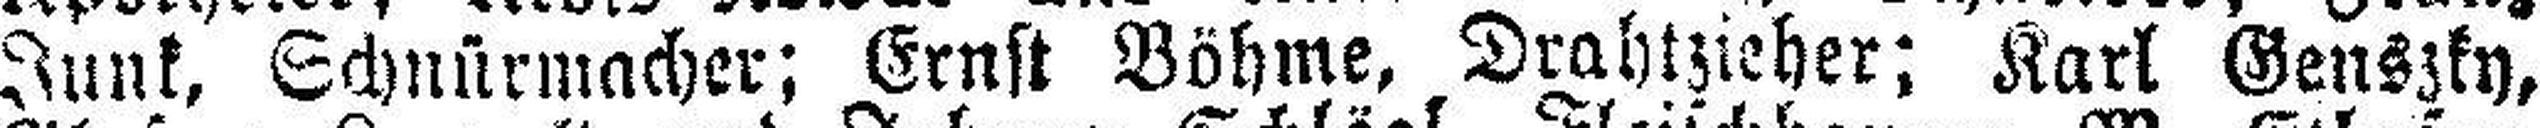
Junk, Schnürmacher; Ernst Böhme, Drahtzieher; Karl Genszky,